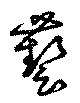
芸